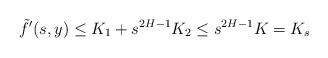
LaTeX: \begin{align*}\tilde{f}'(s,y)\le K_1+s^{2H-1}K_2\le s^{2H-1}K=K_s\end{align*}